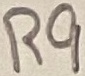
Text: R9